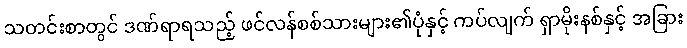
သတင်းစာတွင် ဒဏ်ရာရသည့် ဖင်လန်စစ်သားများ၏ပုံနှင့် ကပ်လျက် ရှာမိုးနစ်နှင့် အခြား